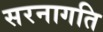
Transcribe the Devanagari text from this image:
सरनागति